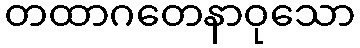
တထာဂတေနာဝုသော